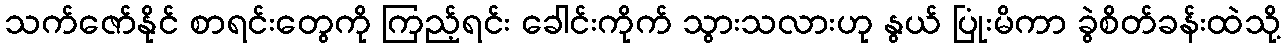
သက်ဇော်နိုင် စာရင်းတွေကို ကြည့်ရင်း ခေါင်းကိုက် သွားသလားဟု နွယ် ပြုံးမိကာ ခွဲစိတ်ခန်းထဲသို့